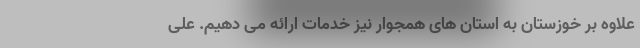
علاوه بر خوزستان به استان های همجوار نیز خدمات ارائه می دهیم. علی